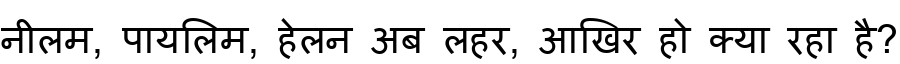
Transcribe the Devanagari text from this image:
नीलम, पायलिम, हेलन अब लहर, आखिर हो क्या रहा है?